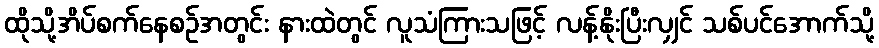
ထိုသို့အိပ်စက်နေစဉ်အတွင်း နားထဲတွင် လူသံကြားသဖြင့် လန့်နိုးပြီးလျှင် သစ်ပင်အောက်သို့